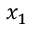
x _ { 1 }